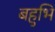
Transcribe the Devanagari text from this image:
बहुभि